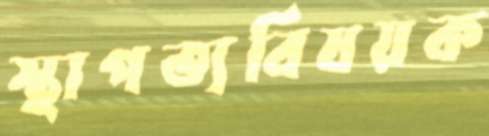
স্থাপত্যবিষয়ক